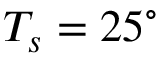
T _ { s } = 2 5 ^ { \circ }